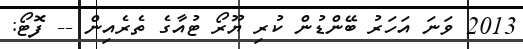
2013 ވަނަ އަހަރު ބޭންޑުން ކުރި ޔޫރޯ ޓުއާގެ ތެރެއިން -- ފޮޓޯ: